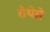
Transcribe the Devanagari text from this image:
रोथेसे